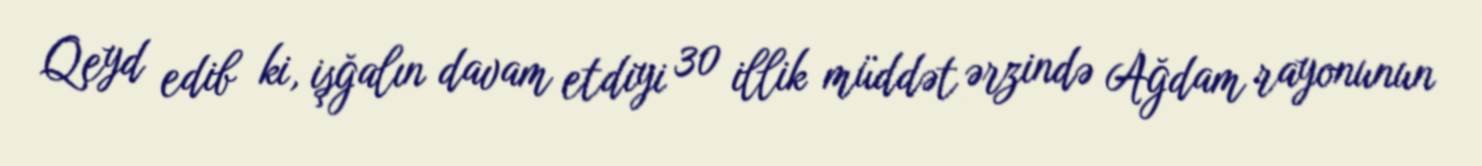
Qeyd edib ki, işğalın davam etdiyi 30 illik müddət ərzində Ağdam rayonunun